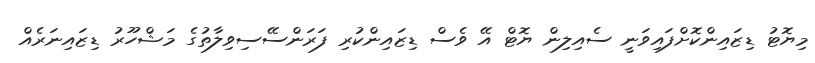
މިޔޮޓު ޑިޒައިންކޮށްފައިވަނީ ސެއިލިން ޔޮޓް އޭ ވެސް ޑިޒައިންކުރި ފަރަންސޭސިވިލާތުގެ މަޝްހޫރު ޑިޒައިނަރެއް